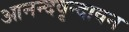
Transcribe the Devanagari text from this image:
आनन्दवृन्दावन